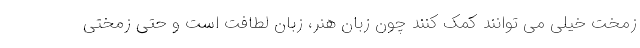
زمخت خیلی می توانند کمک کنند چون زبان هنر، زبان لطافت است و حتی زمختی